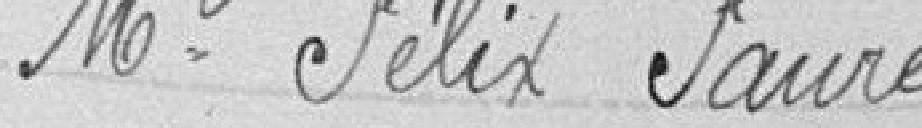
Mr. Félix Faure